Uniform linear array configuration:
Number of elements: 4
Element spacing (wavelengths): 1
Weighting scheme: hann
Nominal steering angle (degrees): -45
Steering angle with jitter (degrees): -43.149
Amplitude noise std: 0.05
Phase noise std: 0.05

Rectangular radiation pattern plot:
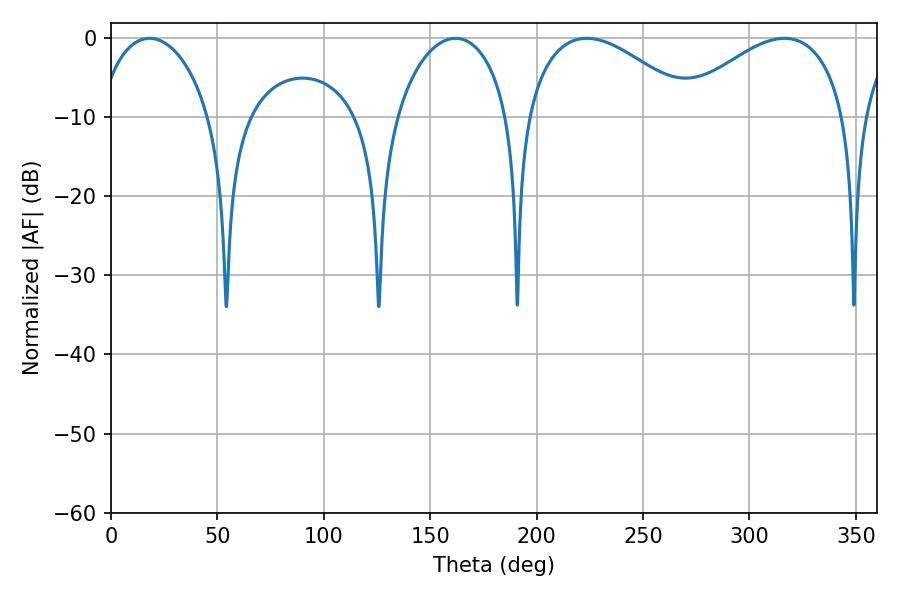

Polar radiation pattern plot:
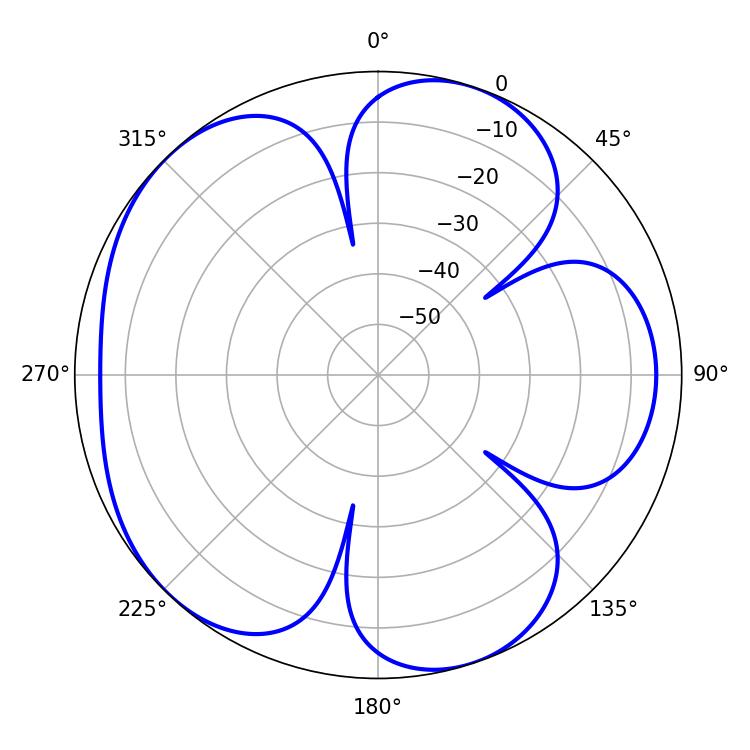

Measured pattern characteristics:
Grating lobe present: TRUE
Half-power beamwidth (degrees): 43.74
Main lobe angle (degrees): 223.56